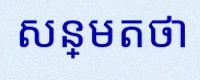
សន្មតថា x ជាចំនួនពិត